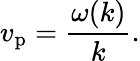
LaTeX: v_{\mathrm{p}}={\frac{\omega(k)}{k}}.